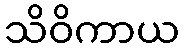
သိဝိကာယ